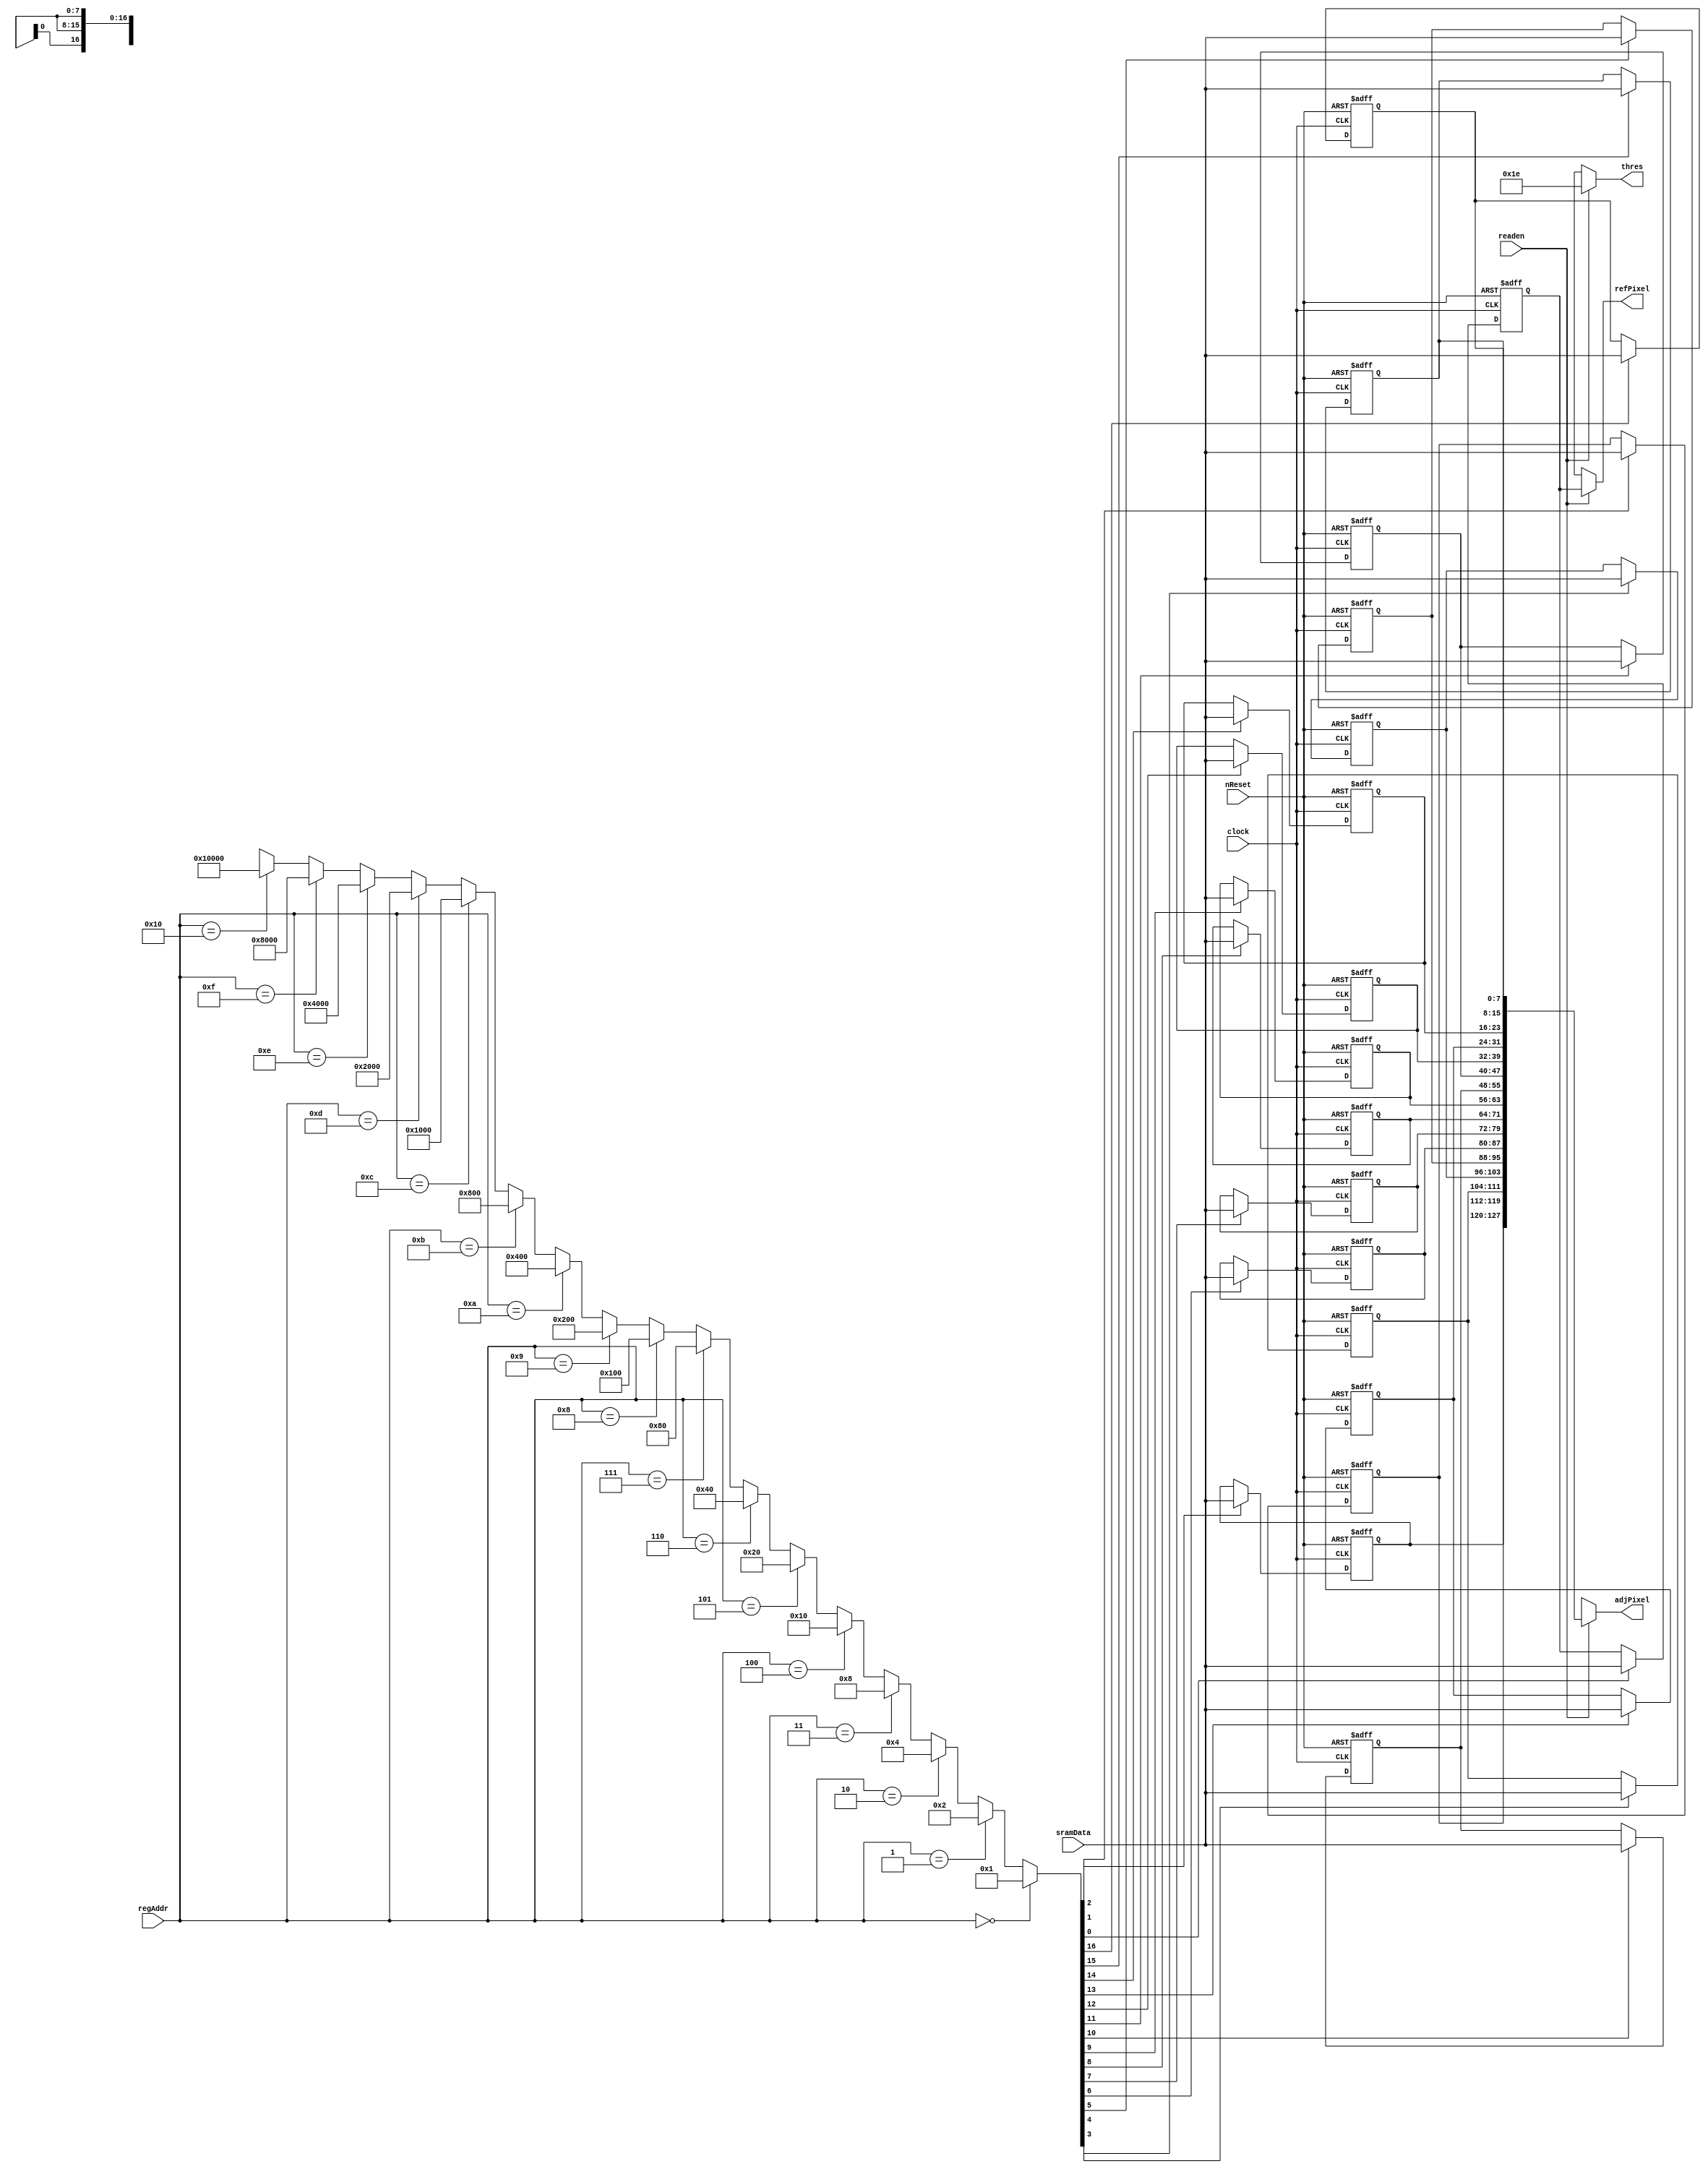
// This program was cloned from: https://github.com/ISKU/FAST9-Accelerator
// License: MIT License

module FD_Reg (clock, nReset, readen, regAddr, sramData, refPixel, adjPixel, thres);
	input clock;
	input nReset;
	input readen; // Datapath input    
	input [4:0] regAddr; //  
	input [7:0] sramData; //   
	output [7:0] refPixel; //   
	output [127:0] adjPixel; //  16  
	output [7:0] thres; // 

	reg [7:0] refPoint; //   
	reg [7:0] r1, r2, r3, r4, r5, r6, r7, r8, r9, r10, r11, r12, r13, r14, r15, r16; //  16   
	
	//        ,  16   .
	wire [16:0] decoder;
	assign decoder =
		(regAddr == 5'd0) ? 17'd1 :
		(regAddr == 5'd1) ? 17'd2 :
		(regAddr == 5'd2) ? 17'd4 :
		(regAddr == 5'd3) ? 17'd8 :
		(regAddr == 5'd4) ? 17'd16 :
		(regAddr == 5'd5) ? 17'd32 :
		(regAddr == 5'd6) ? 17'd64 :
		(regAddr == 5'd7) ? 17'd128 :
		(regAddr == 5'd8) ? 17'd256 :
		(regAddr == 5'd9) ? 17'd512 :
		(regAddr == 5'd10) ? 17'd1024 :
		(regAddr == 5'd11) ? 17'd2048 :
		(regAddr == 5'd12) ? 17'd4096 :
		(regAddr == 5'd13) ? 17'd8192 :
		(regAddr == 5'd14) ? 17'd16384 :
		(regAddr == 5'd15) ? 17'd32768 :
		(regAddr == 5'd16) ? 17'd65536 : 17'bx;
	
	always @ (posedge clock or negedge nReset)
		if (!nReset)
			refPoint <= 8'bx;
		else if (decoder[0])
			refPoint <= sramData;
			
	always @ (posedge clock or negedge nReset)
		if (!nReset)
			r1 <= 8'bx;
		else if (decoder[1])
			r1 <= sramData;

	always @ (posedge clock or negedge nReset)
		if (!nReset)
			r2 <= 8'bx;
		else if (decoder[2])
			r2 <= sramData;
			
	always @ (posedge clock or negedge nReset)
		if (!nReset)
			r3 <= 8'bx;
		else if (decoder[3])
			r3 <= sramData;
			
	always @ (posedge clock or negedge nReset)
		if (!nReset)
			r4 <= 8'bx;
		else if (decoder[4])
			r4 <= sramData;
			
	always @ (posedge clock or negedge nReset)
		if (!nReset)
			r5 <= 8'bx;
		else if (decoder[5])
			r5 <= sramData;
			
	always @ (posedge clock or negedge nReset)
		if (!nReset)
			r6 <= 8'bx;
		else if (decoder[6])
			r6 <= sramData;
			
	always @ (posedge clock or negedge nReset)
		if (!nReset)
			r7 <= 8'bx;
		else if (decoder[7])
			r7 <= sramData;
			
	always @ (posedge clock or negedge nReset)
		if (!nReset)
			r8 <= 8'bx;
		else if (decoder[8])
			r8 <= sramData;
			
	always @ (posedge clock or negedge nReset)
		if (!nReset)
			r9 <= 8'bx;
		else if (decoder[9])
			r9 <= sramData;
			
	always @ (posedge clock or negedge nReset)
		if (!nReset)
			r10 <= 8'bx;
		else if (decoder[10])
			r10 <= sramData;
			
	always @ (posedge clock or negedge nReset)
		if (!nReset)
			r11 <= 8'bx;
		else if (decoder[11])
			r11 <= sramData;
			
	always @ (posedge clock or negedge nReset)
		if (!nReset)
			r12 <= 8'bx;
		else if (decoder[12])
			r12 <= sramData;
			
	always @ (posedge clock or negedge nReset)
		if (!nReset)
			r13 <= 8'bx;
		else if (decoder[13])
			r13 <= sramData;
			
	always @ (posedge clock or negedge nReset)
		if (!nReset)
			r14 <= 8'bx;
		else if (decoder[14])
			r14 <= sramData;
			
	always @ (posedge clock or negedge nReset)
		if (!nReset)
			r15 <= 8'bx;
		else if (decoder[15])
			r15 <= sramData;
			
	always @ (posedge clock or negedge nReset)
		if (!nReset)
			r16 <= 8'bx;
		else if (decoder[16])
			r16 <= sramData;
	
	// readen 1    , 16     Output .
	assign refPixel = (readen) ? refPoint : 8'bx; //  
	assign adjPixel = (readen) ? {r1, r2, r3, r4, r5, r6, r7, r8, r9, r10, r11, r12, r13, r14, r15, r16} : 128'bx; // 16 
	assign thres = (readen) ? 8'd30 : 8'bx; // 
endmodule